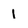
Character: 1